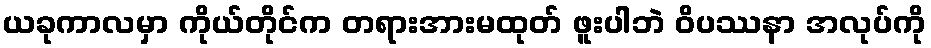
ယခုကာလမှာ ကိုယ်တိုင်က တရားအားမထုတ် ဖူးပါဘဲ ဝိပဿနာ အလုပ်ကို